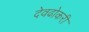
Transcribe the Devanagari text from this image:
देवढोकरी